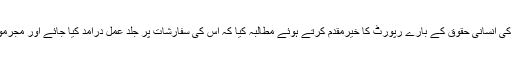
انہوں نے اقوام متحدہ کی انسانی حقوق کے بارے رپورٹ کا خیرمقدم کرتے ہوئے مطالبہ کیا کہ اس کی سفارشات پر جلد عمل درآمد کیا جائے اور مجرموں کا تعین کیا جائے۔